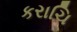
કરાચિ